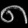
Digit: ၈